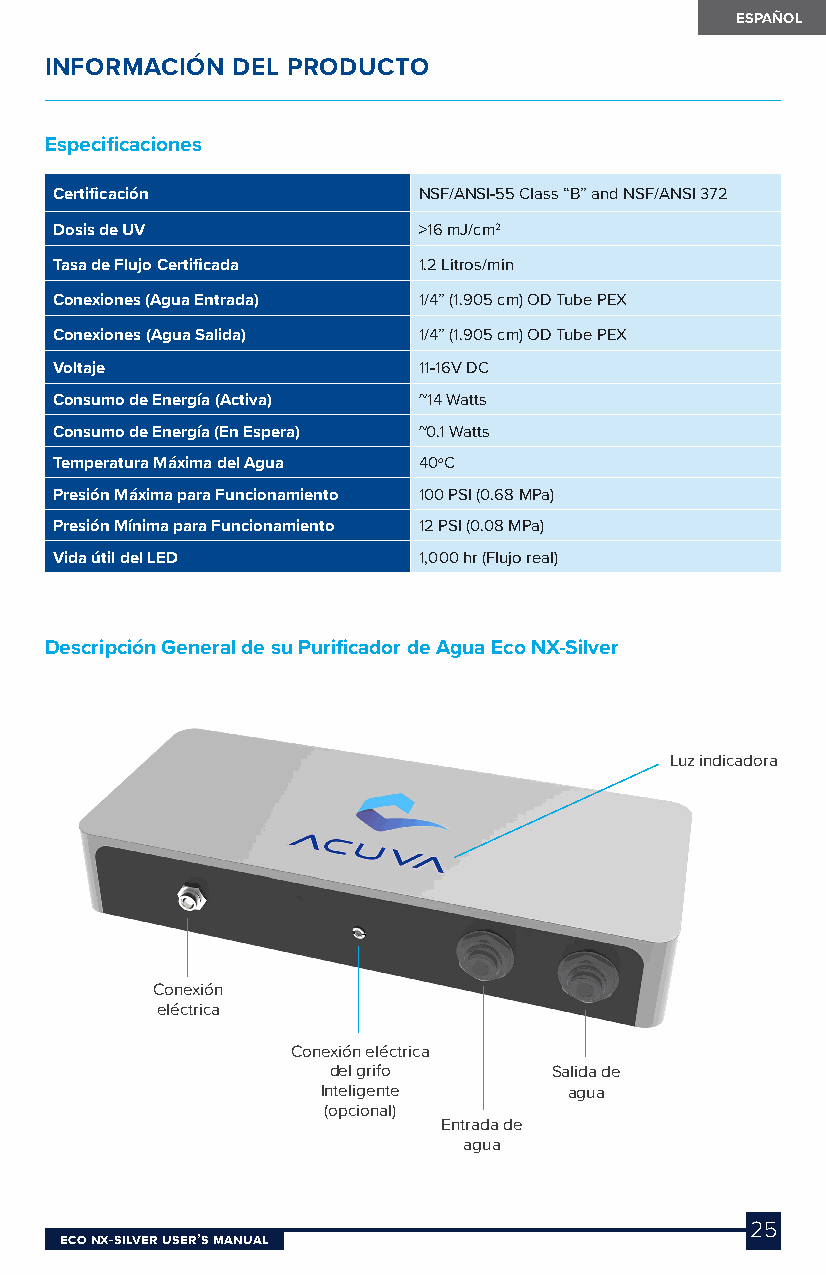
ESPAÑOL
 INFORMACIÓN DEL PRODUCTO
 Especificaciones
 Certificación           NSF/ANSI-55 Class “B” and NSF/ANSI 372
 Dosis de UV             >16 mJ/cm2
 Tasa de Flujo Certificada 1.2 Litros/min
 Conexiones (Agua Entrada) 1/4” (1.905 cm) OD Tube PEX
 Conexiones (Agua Salida) 1/4” (1.905 cm) OD Tube PEX
 Voltaje                 11-16V DC
 Consumo de Energía (Activa) ~14 Watts
 Consumo de Energía (En Espera) ~0.1 Watts
 Temperatura Máxima del Agua 40oC
 Presión Máxima para Funcionamiento 100 PSI (0.68 MPa)
 Presión Mínima para Funcionamiento 12 PSI (0.08 MPa)
 Vida útil del LED       1,000 hr (Flujo real)
 Descripción General de su Purificador de Agua Eco NX-Silver
 Luz indicadora
 Conexión
 eléctrica
 Conexión eléctrica
 del grifo     Salida de
 Inteligente      agua
 (opcional)
 Entrada de
 agua
 25
 Eco NX-SilvEr USEr’S MaNUal